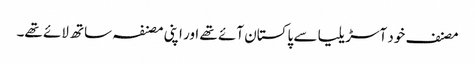
مصنف خود آسڑیلیا سے پاکستان آئے تھے اور اپنی مصنفہ ساتھ لائے تھے۔